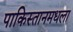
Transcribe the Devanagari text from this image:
पाकिस्तानमधला